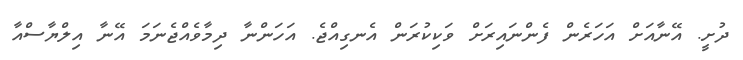
ދުށީ. އޭނާއަށް އަހަރެން ފެންނައިރަށް ވަކިކުރަން އެނގިއްޖެ. އަހަންނާ ދިމާވެއްޖެނަމަ އޭނާ އިލްޔާސްއާ